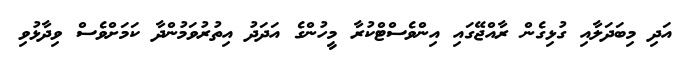
އަދި މިބަދަލާއި ގުޅިގެން ރާއްޖޭގައި އިންވެސްޓްކުރާ މީހުންގެ އަދަދު އިތުރުވަމުންދާ ކަމަށްވެސް ވިދާޅުވި